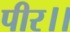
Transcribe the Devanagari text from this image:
पीर।।